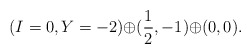
\begin{align*}(I=0,Y=-2){\oplus}(\frac{1}{2},-1){\oplus}(0,0).\end{align*}